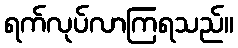
ရက်လုပ်လာကြရသည်။